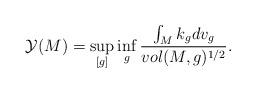
LaTeX: \begin{align*}\mathcal{Y}(M)=\sup_{[g]}\inf_{g}\frac{\int_{M}k_{g}dv_{g}}{vol(M,g)^{1/2}} .\end{align*}